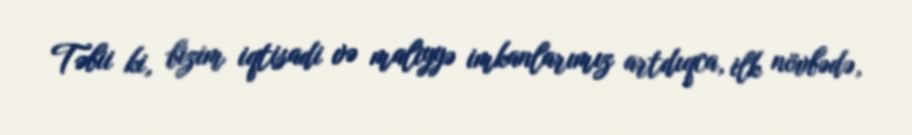
Təbii ki, bizim iqtisadi və maliyyə imkanlarımız artdıqca, ilk növbədə,